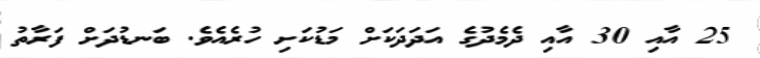
25 އާއި 30 އާއި ދެމެދުގެ އަދަދަކަށް މަޑުކަށި ހުރެއެވެ. ބަނޑުދަށް ފަރާތު